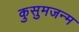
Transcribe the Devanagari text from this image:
कुसुमजन्म